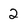
Character: 2